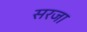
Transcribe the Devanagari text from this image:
सरजा